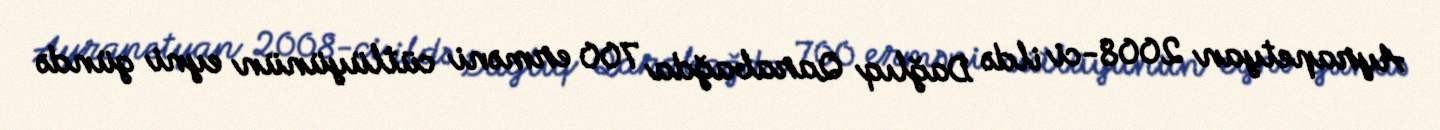
Ayrapetyan 2008-ci ildə Dağlıq Qarabağda 700 erməni cütlüyünün eyni gündə